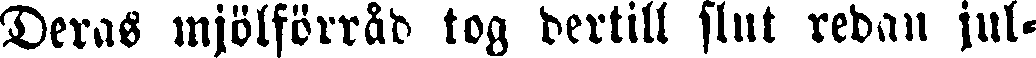
Deras mjölförråd tog dertill slut redan jul-